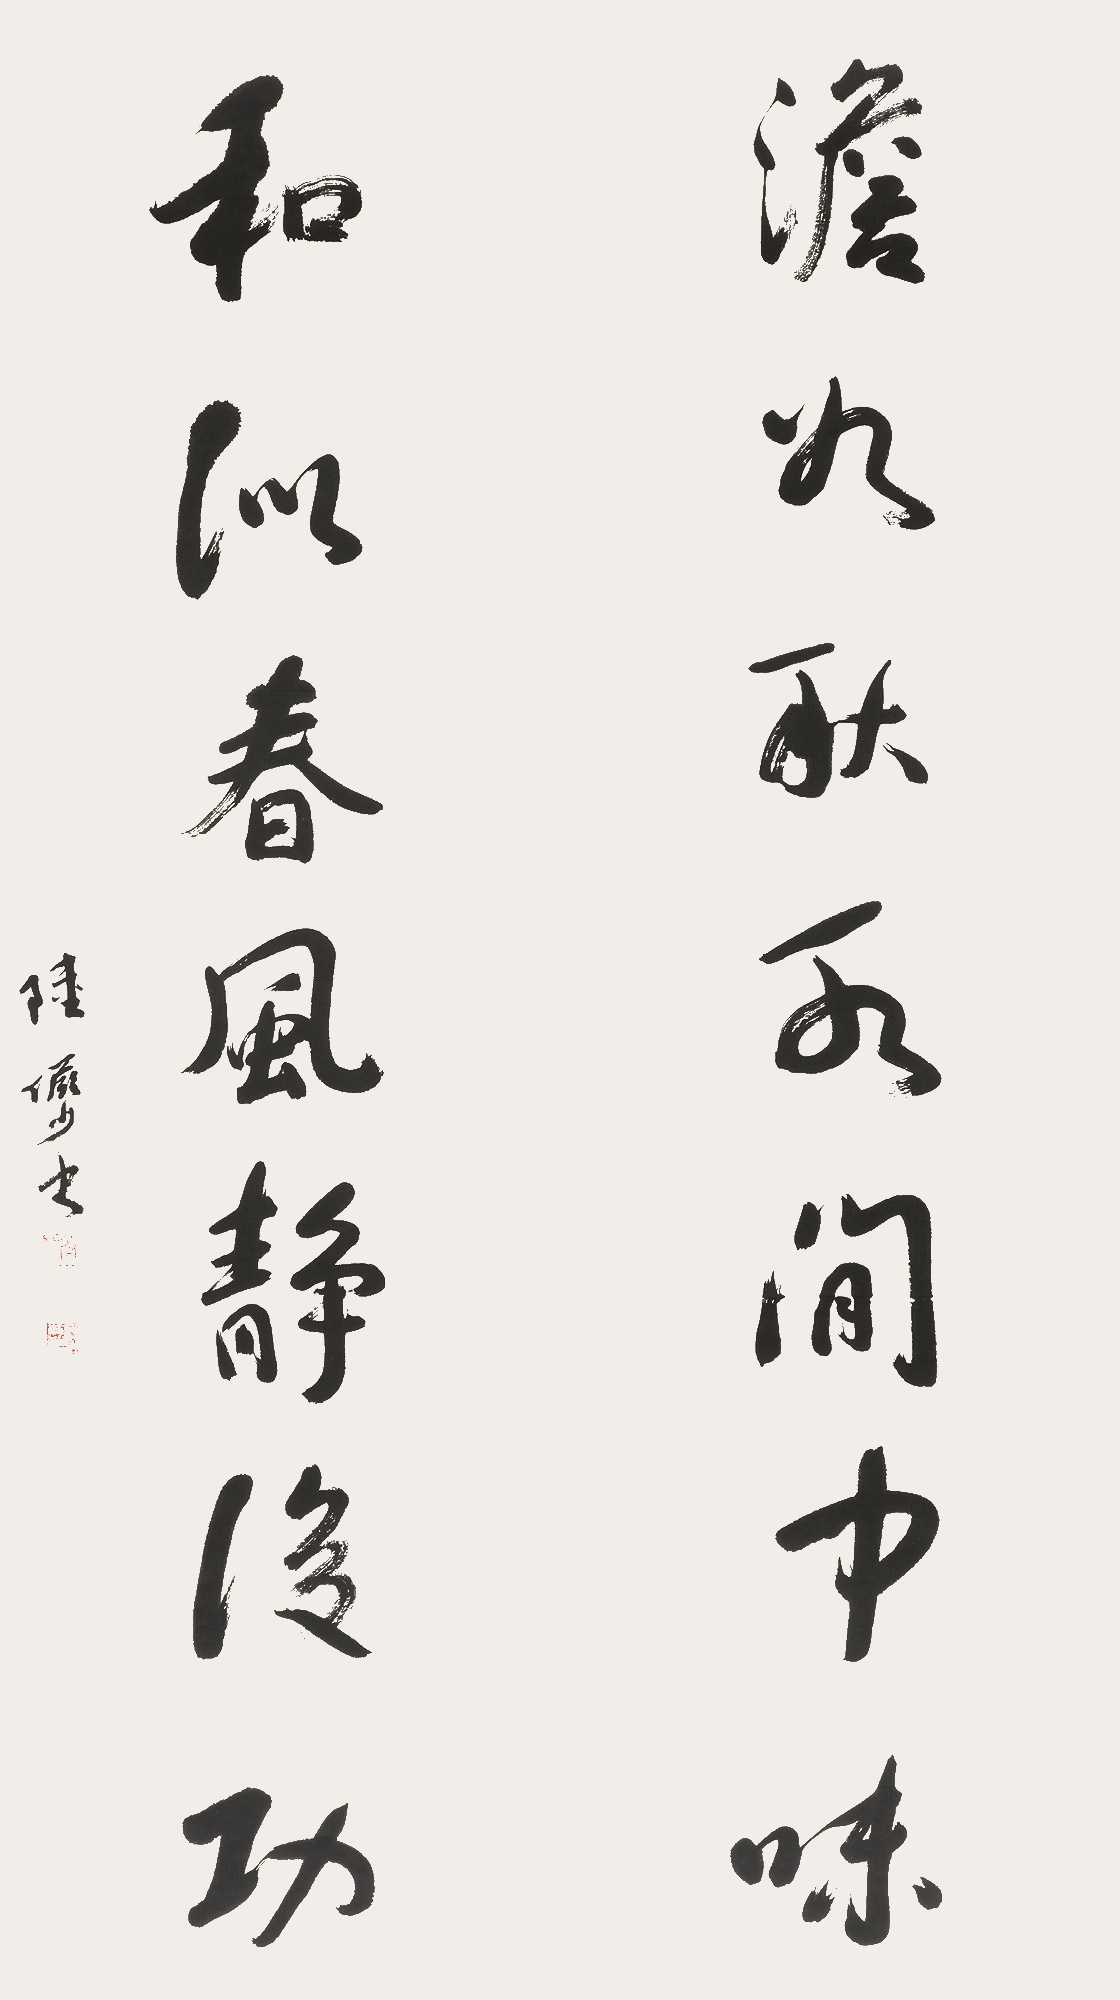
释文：淡如秋水闲中味，和似春风静后功。陆俨少书。